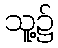
သူ့၌